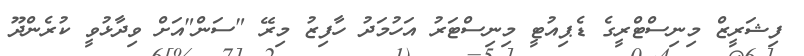
ފިޝަރީޒް މިނިސްޓްރީގެ ޑެޕިއުޓީ މިނިސްޓަރު އަހުމަދު ހާފިޒު މިރޭ "ސަން"އަށް ވިދާޅުވީ ކުރެންދޫ